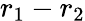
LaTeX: r_{1}-r_{2}